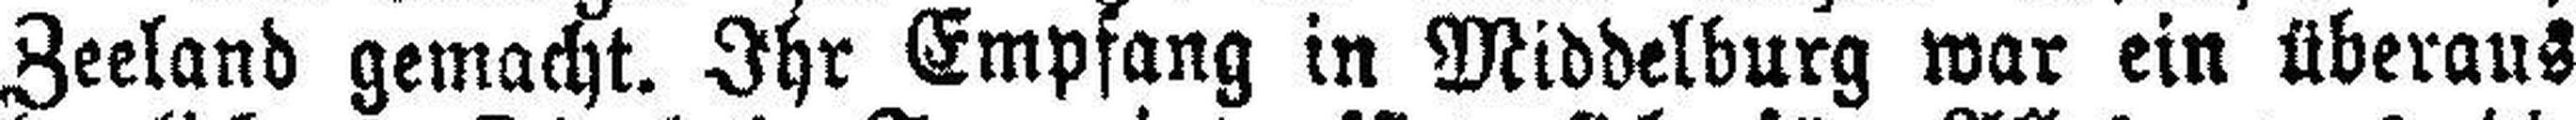
Zeeland gemacht. Ihr Empfang in Middelburg war ein überaus